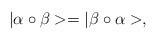
LaTeX: \begin{align*}| \alpha \circ \beta >= | \beta \circ \alpha >,\end{align*}